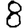
Digit: 8